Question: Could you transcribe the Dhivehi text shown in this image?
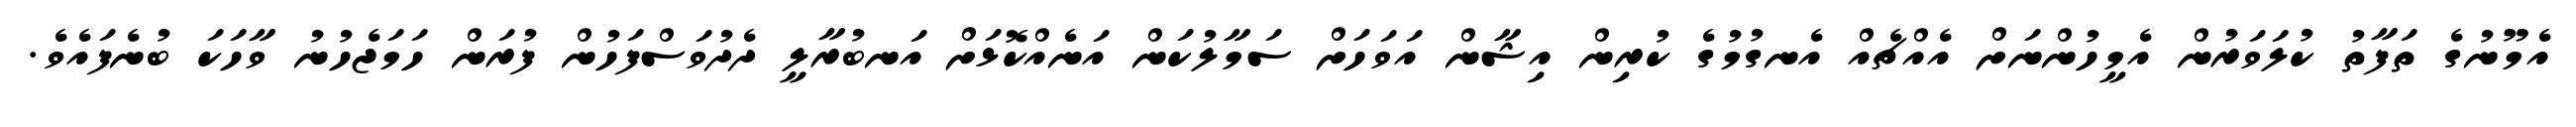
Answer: އެމޫނުގެ ތަފާތު ކުލަވަރުން އެމީހުންނަށް އެއްޗެއް އެނގުމުގެ ކުރިން އިޝާން އަވަހަށް ސަމާލުކަން އަނެއްކޮޅަށް އަނބުރާލީ ދެދުވަސްފަހުން ފުރަން ހަމަޖެހުނު ވާހަކަ ބުނެފައެވެ.